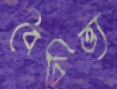
বৈচিত্ত্য